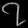
Digit: ၇